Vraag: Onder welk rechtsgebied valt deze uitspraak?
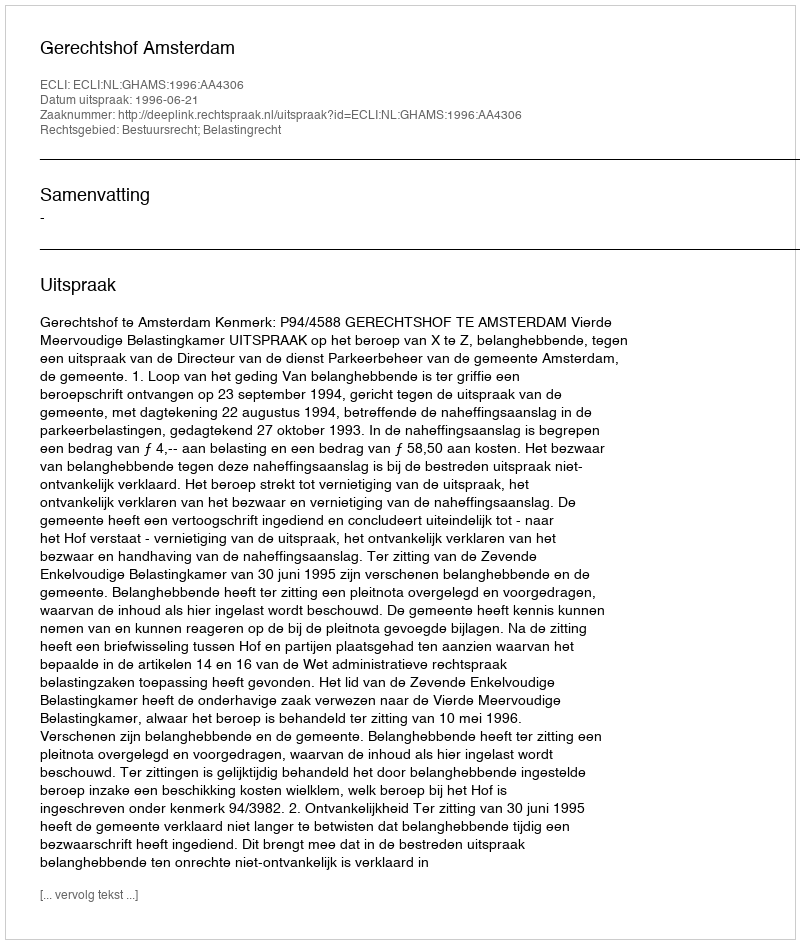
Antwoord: Bestuursrecht; Belastingrecht